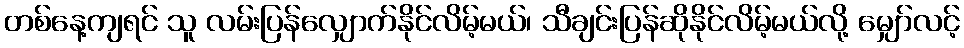
တစ်နေ့ကျရင် သူ လမ်းပြန်လျှောက်နိုင်လိမ့်မယ်၊ သီချင်းပြန်ဆိုနိုင်လိမ့်မယ်လို့ မျှော်လင့်